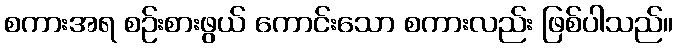
စကားအရ စဉ်းစားဖွယ် ကောင်းသော စကားလည်း ဖြစ်ပါသည်။